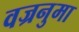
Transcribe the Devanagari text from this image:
वज्रनुमा